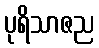
ပုရိသာဇည